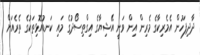
ދާދިފަހުން އެމެރިކާގެ މެރިން އިން ވަނީ އޭޝިޔާގެ އިގްތިސޯދުގެ މައި ކަނޑުއޮޅިތަކުގެ ތެރެއަށް